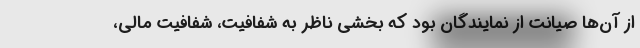
از آن‌ها صیانت از نمایندگان بود که بخشی ناظر به شفافیت، شفافیت مالی،